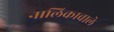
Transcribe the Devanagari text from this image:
नालिकावाले